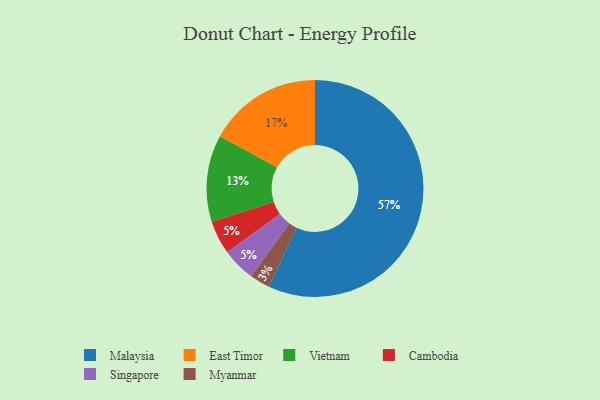
{"axis": {"x": "Category", "y": "Percentage"}, "legend": ["Cambodia", "East Timor", "Malaysia", "Myanmar", "Singapore", "Vietnam"], "data": [{"x": "Vietnam", "y": 13, "type": "Vietnam"}, {"x": "Cambodia", "y": 5, "type": "Cambodia"}, {"x": "Malaysia", "y": 57, "type": "Malaysia"}, {"x": "East Timor", "y": 17, "type": "East Timor"}, {"x": "Singapore", "y": 5, "type": "Singapore"}, {"x": "Myanmar", "y": 3, "type": "Myanmar"}]}